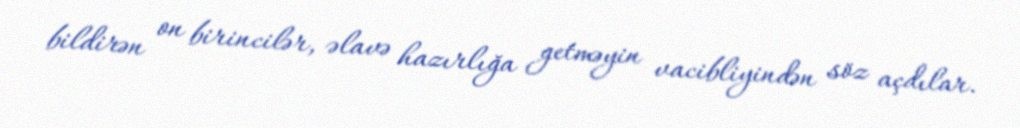
bildirən on birincilər, əlavə hazırlığa getməyin vacibliyindən söz açdılar.